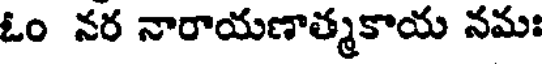
ఓం నర నారాయణాత్మకాయ నమః